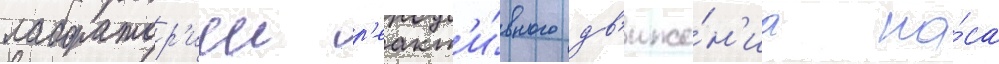
лаборатор'иеи р'еакт'и́вного дв'иже́н'иа на́са